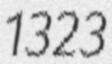
1323